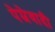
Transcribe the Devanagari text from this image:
पेम्रेवादी